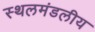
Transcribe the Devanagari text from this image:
स्थलमंडलीय